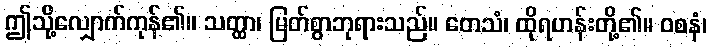
ဤသို့လျှောက်ကုန်၏။ သတ္ထာ၊ မြတ်စွာဘုရားသည်။ တေသံ၊ ထိုရဟန်းတို့၏။ ဝစနံ၊